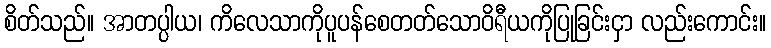
စိတ်သည်။ အာတပ္ပါယ၊ ကိလေသာကိုပူပန်စေတတ်သောဝိရီယကိုပြုခြင်းငှာ လည်းကောင်း။